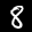
Label: 8